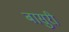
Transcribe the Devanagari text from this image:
बासुरी